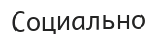
Социально